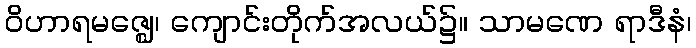
ဝိဟာရမဇ္ဈေ၊ ကျောင်းတိုက်အလယ်၌။ သာမဏေ ရာဒီနံ၊